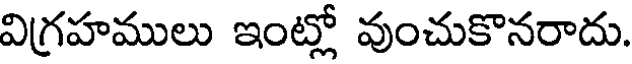
విగ్రహములు ఇంట్లో వుంచుకొనరాదు.